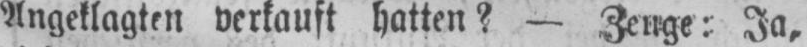
Angeklagten verkauft hatten? - Zeuge: Ja,